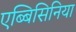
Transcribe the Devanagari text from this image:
एब्बिसिनिया